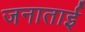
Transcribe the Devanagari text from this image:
जनाताई